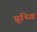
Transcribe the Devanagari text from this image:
प्रुथ्वि